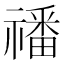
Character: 𥛮